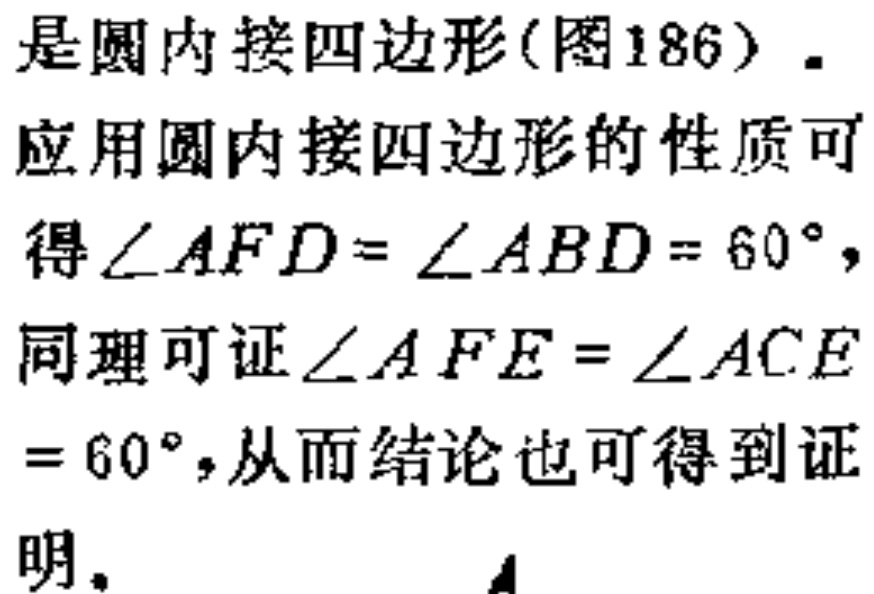
是圆内接四边形(图186)．

应用圆内接四边形的性质可

得$\angle AFD = \angle ABD = 60^{\circ}$，

同理可证$\angle AFE = \angle ACE$

$ = 60^{\circ}$，从而结论也可得到证

明．